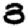
Digit: 3